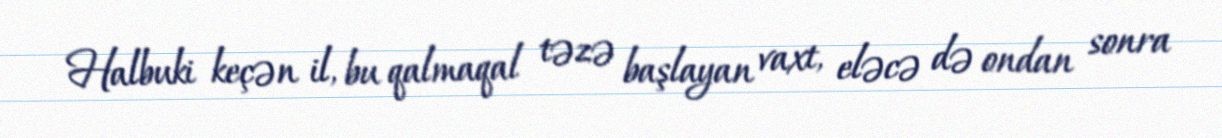
Halbuki keçən il, bu qalmaqal təzə başlayan vaxt, eləcə də ondan sonra